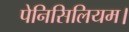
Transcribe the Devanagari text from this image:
पेनिसिलियम।